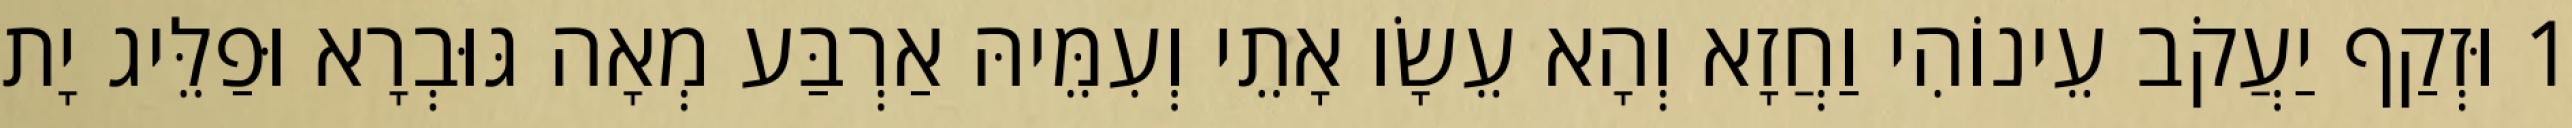
1 וּזְקַף יַעֲקֹב עֵינוֹהִי וַחֲזָא וְהָא עֵשָׂו אָתֵי וְעִמֵּיהּ אַרְבַּע מְאָה גּוּבְרָא וּפַלֵּיג יָת